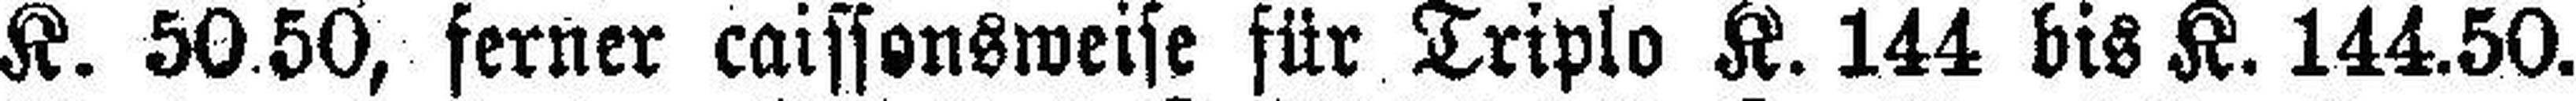
K. 50.50, ferner caissonsweise für Triplo K. 144 bis K. 144.50.